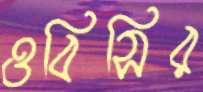
ওবিসির